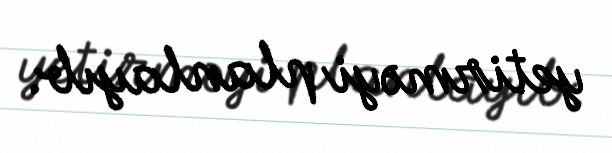
yetirməyi planlayıb.